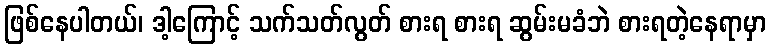
ဖြစ်နေပါတယ်၊ ဒါ့ကြောင့် သက်သတ်လွတ် စားရ စားရ ဆွမ်းမခံဘဲ စားရတဲ့နေရာမှာ